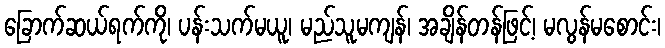
ခြောက်ဆယ်ရက်ကို၊ ပန်းသက်မယူ၊ မည်သူမကျန်၊ အချိန်တန်ဖြင့်၊ မလွန်မစောင်း၊